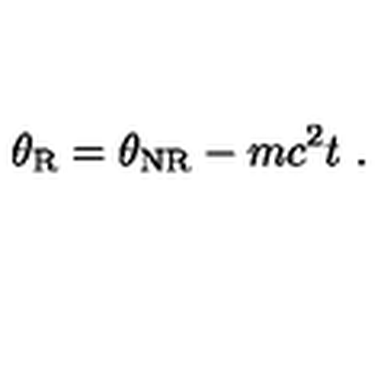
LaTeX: \theta _ { \mathrm { R } } = \theta _ { \mathrm { N R } } - m c ^ { 2 } t \ .